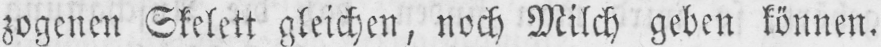
zogenen Skelett gleichen, noch Milch geben können.